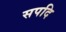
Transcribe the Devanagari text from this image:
सपदि